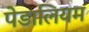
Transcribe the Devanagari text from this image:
पेडालियम